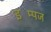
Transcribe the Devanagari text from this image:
इम्पिंज